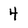
Character: 4